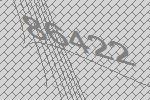
86422